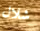
شلال